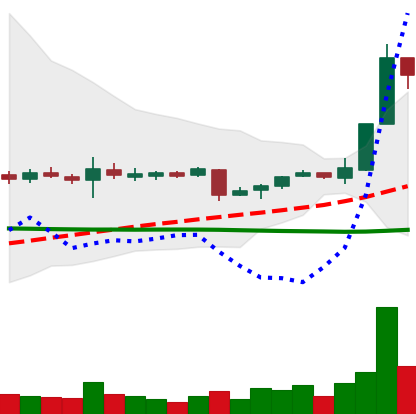
Ticker: XRP-USD
Chart end date: 2018-11-07
Forward return: -3.461%
Label: down_3_5